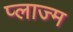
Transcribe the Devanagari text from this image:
प्लाज्म